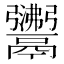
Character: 𩱣